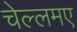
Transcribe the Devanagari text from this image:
चेल्लमए